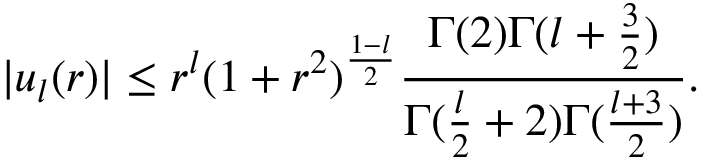
\vert u _ { l } ( r ) \vert \leq r ^ { l } ( 1 + r ^ { 2 } ) ^ { { \frac { 1 - l } { 2 } } } { \frac { \Gamma ( 2 ) \Gamma ( l + { \frac { 3 } { 2 } } ) } { \Gamma ( { \frac { l } { 2 } } + 2 ) \Gamma ( { \frac { l + 3 } { 2 } } ) } } .